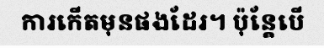
ការកើតមុនផងដែរ។ ប៉ុន្តែបើ